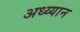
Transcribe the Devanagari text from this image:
अध्य्यान